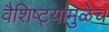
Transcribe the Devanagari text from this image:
वैशिष्ट्यामुळेच